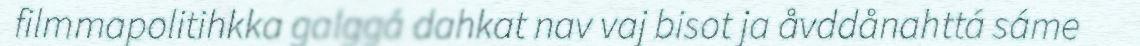
filmmapolitihkka galggá dahkat nav vaj bisot ja åvddånahttá sáme